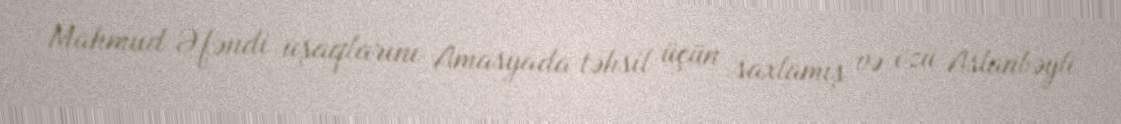
Mahmud Əfəndi uşaqlarını Amasyada təhsil üçün saxlamış və özü Aslanbəyli